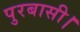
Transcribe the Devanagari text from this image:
पुरबासी।